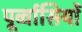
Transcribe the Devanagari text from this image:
पूर्व्वासियों